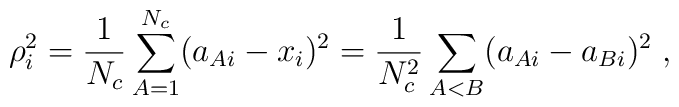
\rho_i^2 = \frac{1}{N_c}\sum_{A=1}^{N_c}(a_{Ai}-x_i)^2         = \frac{1}{N_c^2}\sum_{A<B} (a_{Ai}-a_{Bi})^2\;,